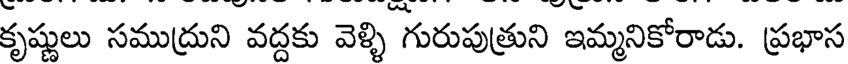
కృష్ణులు సముద్రుని వద్దకు వెళ్ళి గురుపుత్రుని ఇమ్మనికోరాడు. ప్రభాస